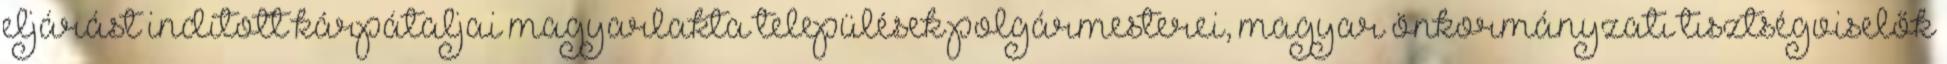
eljárást indított kárpátaljai magyarlakta települések polgármesterei, magyar önkormányzati tisztségviselők